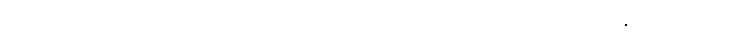
ဥပါသကာ၏။ ဣမေဥပါသကဂုဏာ၊ ဤဥပါသကဂုဏ်တို့သည်။ သန္တိ၊ ရှိကုန်၏။